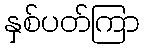
နှစ်ပတ်ကြာ